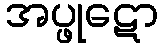
အပ္ဖုဋော